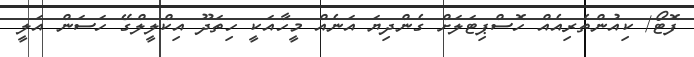
ފޮޓޯ/ ކިއުންތެރިއެއް ހޮސްޕިޓަލަށް ގެންދިޔަ އަނެއް މީހާއަކީ ހިތަދޫ އިކްލީލްގޭ ހަސަން އަލީ